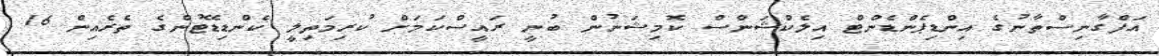
އަފްގާނިސްތާނުގެ އިންޑިޕެންޑެންޓް އިލެކްޝަންސް ކޮމިޝަނުން ބުނީ ރައީސްކަމަށް ކުރިމަތިލީ ކެންޑިޑޭޓުންގެ ތެރެއިން 16